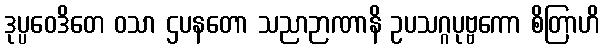
ဒုပ္ပဝေဒိတေ ဝသာ ဌပနတော သညာဉာဏာနိ ဥပသဂ္ဂပုဗ္ဗကော စိတြာဟိ